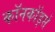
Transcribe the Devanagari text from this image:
कॉनकॉर्ड्स